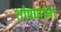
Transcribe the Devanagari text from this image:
शोषणांना